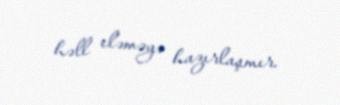
həll eləməyə hazırlaşmır.